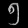
Digit: ၅